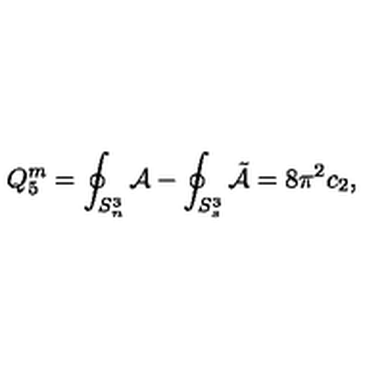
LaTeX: Q _ { 5 } ^ { m } = \oint _ { S _ { n } ^ { 3 } } { \cal A } - \oint _ { S _ { s } ^ { 3 } } { \tilde { \cal A } } = 8 \pi ^ { 2 } c _ { 2 } ,